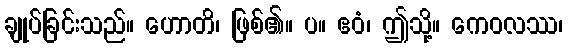
ချုပ်ခြင်းသည်။ ဟောတိ၊ ဖြစ်၏။ ပ။ ဧဝံ၊ ဤသို့။ ကေဝလဿ၊